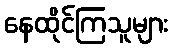
နေထိုင်ကြသူများ